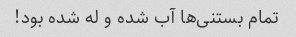
تمام بستنی‌ها آب شده و له شده بود!